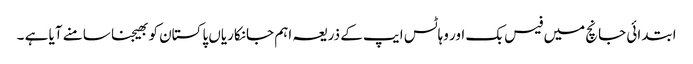
ابتدائی جانچ میں فیس بک اور وہاٹس ایپ کے ذریعہ اہم جانکاریاں پاکستان کو بھیجنا سامنے آیا ہے ۔